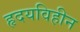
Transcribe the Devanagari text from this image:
हृदयविहीन